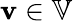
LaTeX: \mathbf{v}\in\mathbb{V}